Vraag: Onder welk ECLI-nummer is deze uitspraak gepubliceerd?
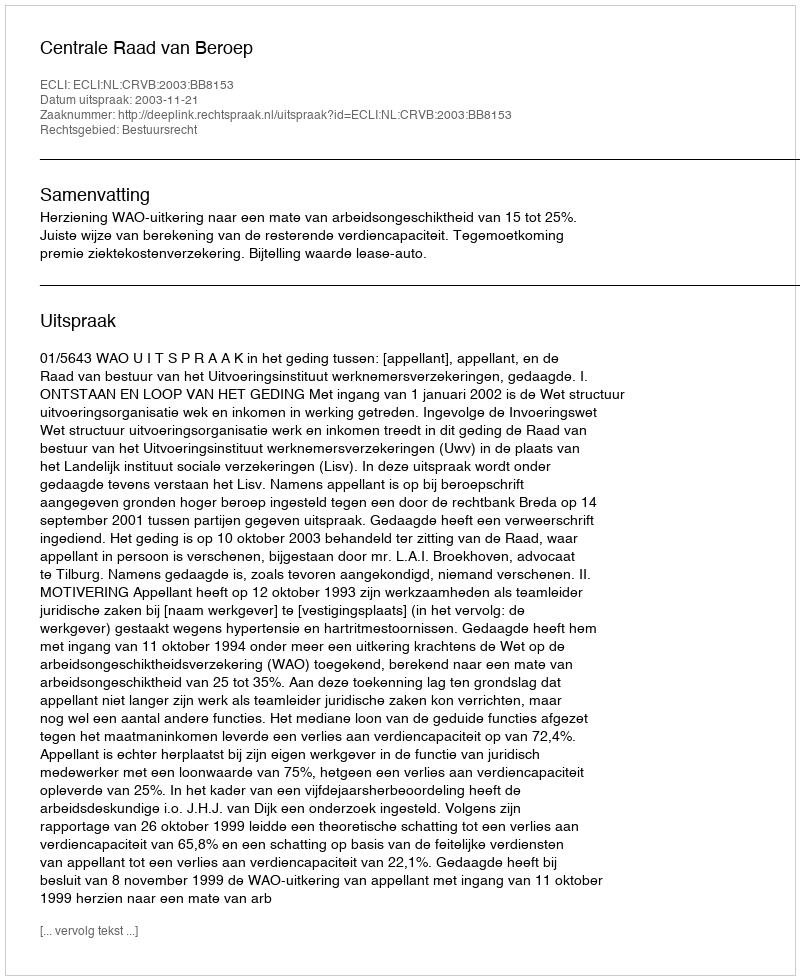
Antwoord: ECLI:NL:CRVB:2003:BB8153